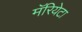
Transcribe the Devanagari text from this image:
मॅरियेटा